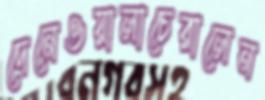
দেনেওয়ালাচেরালেন